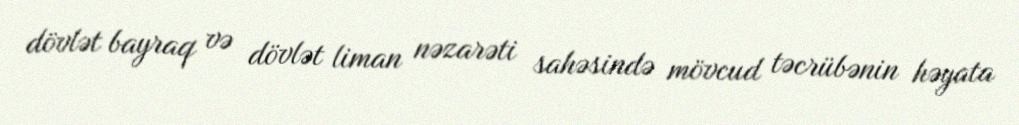
dövlət bayraq və dövlət liman nəzarəti sahəsində mövcud təcrübənin həyata